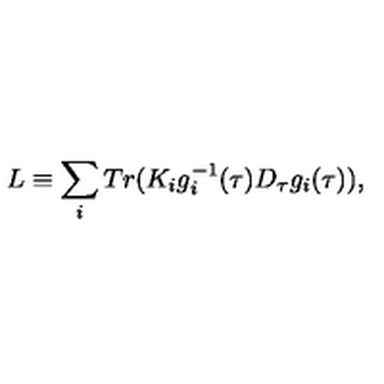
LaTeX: L \equiv \sum _ { i } T r ( K _ { i } g _ { i } ^ { - 1 } ( \tau ) D _ { \tau } g _ { i } ( \tau ) ) ,